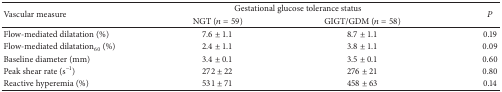
<table><thead><tr><td rowspan="2"><b>Vascular measure</b></td><td colspan="2"><b>Gestational glucose tolerance status</b></td><td rowspan="2"><b><i>P</i></b></td></tr><tr><td><b>NGT (<i>n</i> = 59)</b></td><td><b>GIGT/GDM (<i>n</i> = 58)</b></td></tr></thead><tbody><tr><td>Flow-mediated dilatation (%)</td><td>7.6 ± 1.1</td><td>8.7 ± 1.1</td><td>0.19</td></tr><tr><td>Flow-mediated dilatation<sub>60 </sub>(%)</td><td>2.4 ± 1.1</td><td>3.8 ± 1.1</td><td>0.09</td></tr><tr><td>Baseline diameter (mm)</td><td>3.4 ± 0.1</td><td>3.5 ± 0.1</td><td>0.60</td></tr><tr><td>Peak shear rate (s<sup>−1</sup>)</td><td>272 ± 22</td><td>276 ± 21</td><td>0.80</td></tr><tr><td>Reactive hyperemia (%)</td><td>531 ± 71</td><td>458 ± 63</td><td>0.14</td></tr></tbody></table>